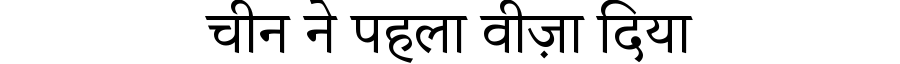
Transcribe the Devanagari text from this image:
चीन ने पहला वीज़ा दिया